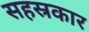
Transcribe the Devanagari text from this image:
सहस्रकार